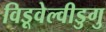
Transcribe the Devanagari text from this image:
विडूवेल्वीडुगु